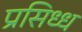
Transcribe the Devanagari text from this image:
प्रसिध्‍ध